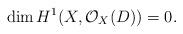
LaTeX: \begin{align*}\dim H^1(X, \mathcal{O}_{X}(D))=0.\end{align*}